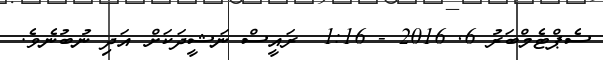
ސެޕްޓެމްބަރު 6